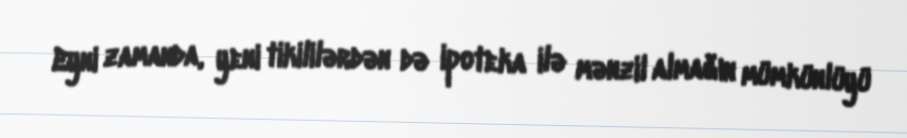
Eyni zamanda, yeni tikililərdən də ipoteka ilə mənzil almağın mümkünlüyü